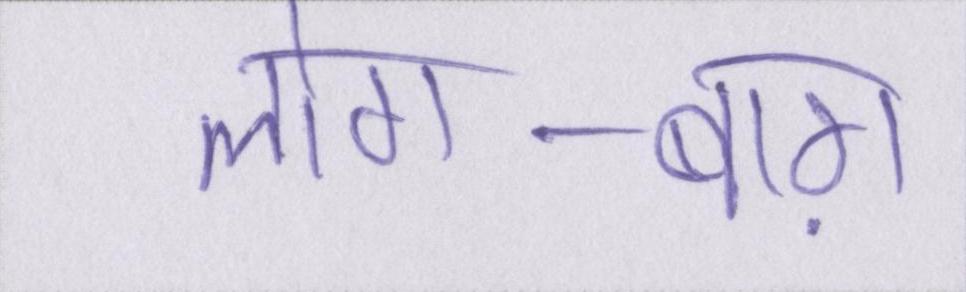
लोग-बाग़